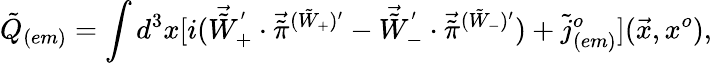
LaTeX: {\tilde{Q}}_{(em)}=\int d^{3}x[i({\vec{\tilde{W}}}_{+}^{'}\cdot{\vec{\tilde{\pi}}}^{({\tilde{W}}_{+}){'}}-{\vec{\tilde{W}}}_{-}^{'}\cdot{\vec{\tilde{\pi}}}^{({\tilde{W}}_{-}){'}})+{\tilde{j}}_{(em)}^{o}](\vec{x},x^{o}),